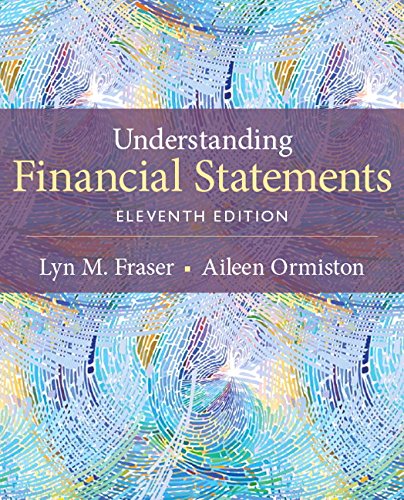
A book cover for Understanding Financial Statements (11th Edition); Lyn M. Fraser; Business & Money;